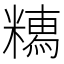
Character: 𥼥